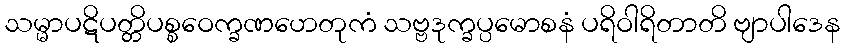
သမ္မာပဋိပတ္တိပစ္စဝေက္ခဏဟေတုကံ သဗ္ဗဒုက္ခပ္ပမောစနံ ပရိဝါရိတာတိ ဗျာပါဒေန